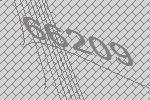
66209